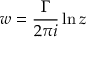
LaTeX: w = { \frac { \Gamma } { 2 \pi i } } \ln z